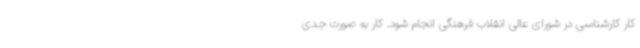
کار کارشناسی در شورای عالی انقلاب فرهنگی انجام شود. کار به صورت جدی